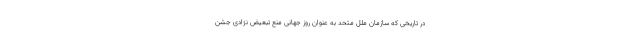
در تاریخی که سازمان ملل متحد به عنوان روز جهانی منع تبعیض نژادی جشن